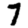
Digit: 7